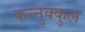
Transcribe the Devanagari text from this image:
कन्नुक्कुल